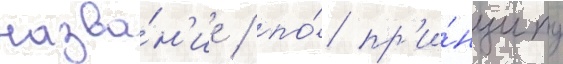
назва́н'ие / по́ пр'и́нципу